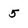
Character: 5